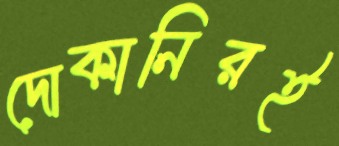
দোকানিরই